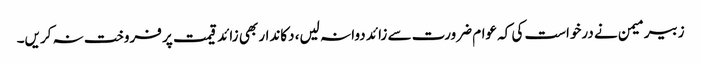
زبیر میمن نے درخواست کی کہ عوام ضرورت سے زائد دوا نہ لیں، دکاندار بھی زائد قیمت پر فروخت نہ کریں۔